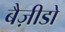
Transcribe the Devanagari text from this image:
बैज़ीडो